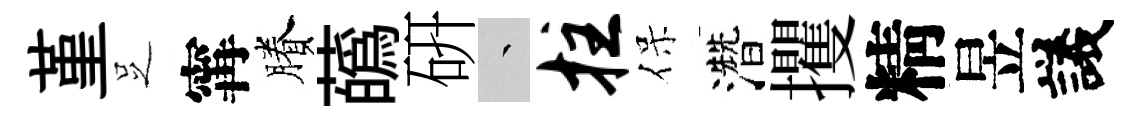
堇𠯁𡩋賸蘤硏叢拄保濳攫精昱議